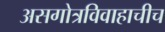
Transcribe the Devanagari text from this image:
असगोत्रविवाहाचीच